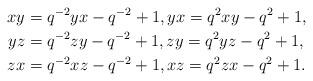
LaTeX: \begin{align*}xy &= q^{-2}yx - q^{-2}+1, yx = q^2 xy - q^2 +1,\\yz &= q^{-2}zy - q^{-2}+1, zy = q^2 yz - q^2 +1,\\zx &= q^{-2}xz - q^{-2}+1, xz = q^2 zx - q^2 +1.\end{align*}